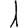
Digit: 1